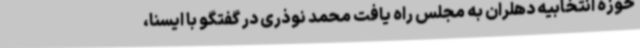
حوزه انتخابیه دهلران به مجلس راه یافت محمد نوذری در گفتگو با ایسنا،